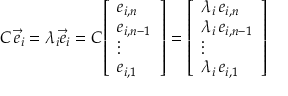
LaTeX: C \, { \vec { e } } _ { i } = \lambda _ { i } { \vec { e } } _ { i } = C { \left[ \begin{array} { l } { e _ { i , n } } \\ { e _ { i , n - 1 } } \\ { \vdots } \\ { e _ { i , 1 } } \end{array} \right] } = { \left[ \begin{array} { l } { \lambda _ { i } \, e _ { i , n } } \\ { \lambda _ { i } \, e _ { i , n - 1 } } \\ { \vdots } \\ { \lambda _ { i } \, e _ { i , 1 } } \end{array} \right] }